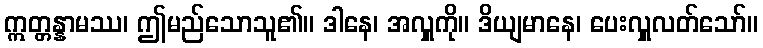
ဣတ္တန္နာမဿ၊ ဤမည်သောသူ၏။ ဒါနေ၊ အလှူကို။ ဒိယျမာနေ၊ ပေးလှူလတ်သော်။